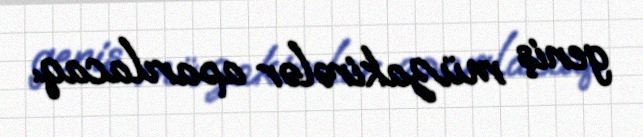
geniş müzakirələr aparılacaq.